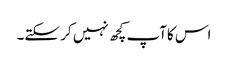
اس کاآپ کچھ نہیں کر سکتے۔